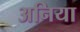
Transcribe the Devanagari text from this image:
अनिया